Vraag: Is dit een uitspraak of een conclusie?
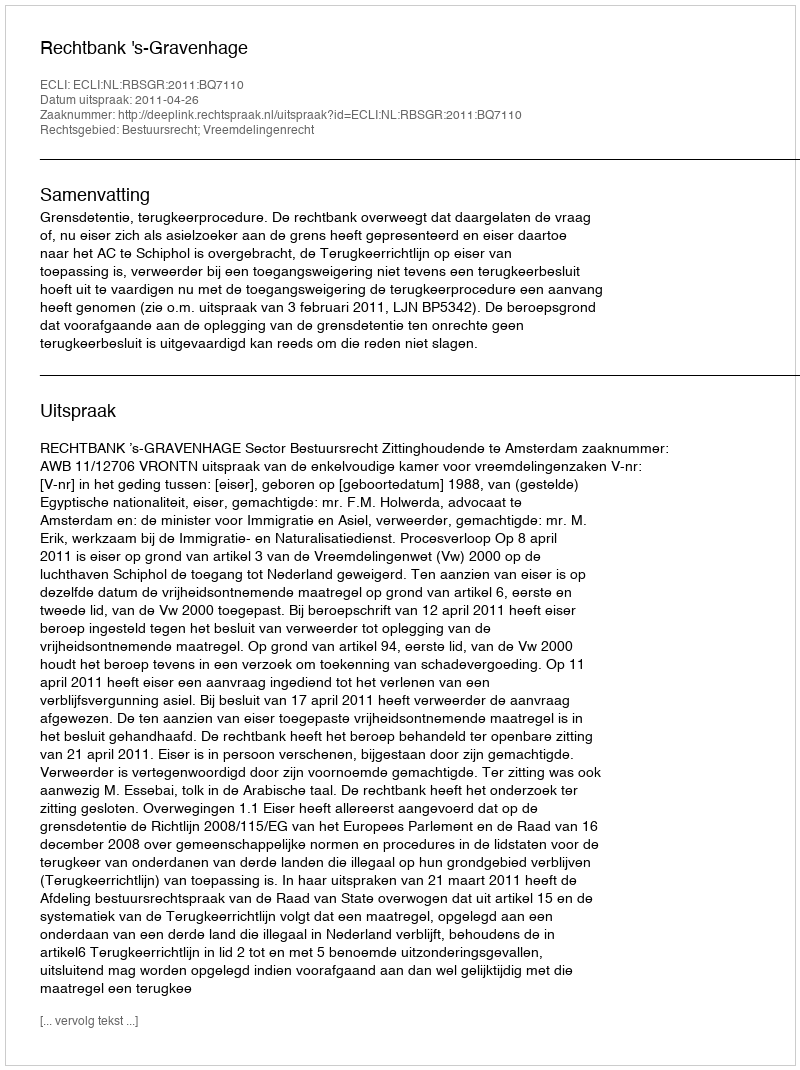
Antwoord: Uitspraak